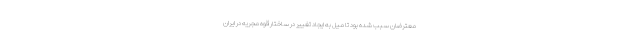
معترضان سبب شده بود تا ميل به ايجاد تغيير در ساختار قوه مجريه در ايران